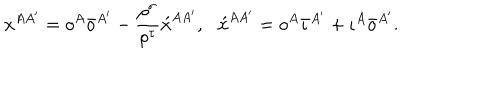
\dot { x } ^ { A A ^ { \prime } } = o ^ { A } \bar { o } ^ { A ^ { \prime } } - \frac { \rho ^ { \sigma } } { \rho ^ { \tau } } \acute { x } ^ { A A ^ { \prime } } , \, \, \, \, \acute { x } ^ { A A ^ { \prime } } = o ^ { A } \bar { \iota } ^ { A ^ { \prime } } + \iota ^ { A } \bar { o } ^ { A ^ { \prime } } .